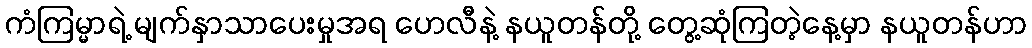
ကံကြမ္မာရဲ့ မျက်နှာသာပေးမှုအရ ဟေလီနဲ့ နယူတန်တို့ တွေ့ဆုံကြတဲ့နေ့မှာ နယူတန်ဟာ